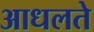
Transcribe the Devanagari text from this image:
आधलते